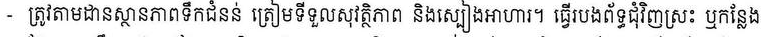
- ត្រូវតាមដានស្ថានភាពទឹកជំនន់ ត្រៀមទីទួលសុវត្ថិភាព និងស្បៀងអាហារ។ ធ្វើរបងព័ទ្ធជុំវិញស្រះ ឬកន្លែង